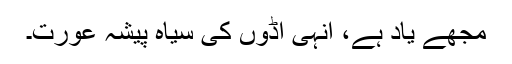
مجھے یاد ہے، انہی اڈوں کی سیاہ پیشہ عورت۔